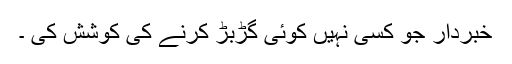
خبردار جو کسی نہیں کوئی گڑبڑ کرنے کی کوشش کی ۔